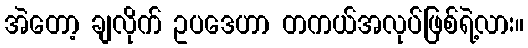
အဲတော့ ချလိုက် ဥပဒေဟာ တကယ်အလုပ်ဖြစ်ရဲ့လား။